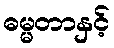
ဓမ္မတာနှင့်